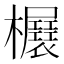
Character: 𣡃